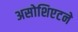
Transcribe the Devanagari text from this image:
असोशिएटने